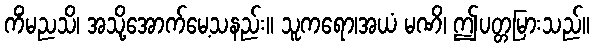
ကိံမညသိ၊ အသို့အောက်မေ့သနည်း။ သူကရော၊အယံ မဏိ၊ ဤပတ္တမြားသည်။